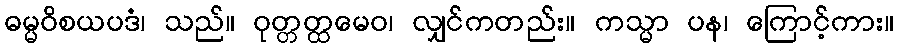
ဓမ္မဝိစယပဒံ၊ သည်။ ဝုတ္တတ္ထမေဝ၊ လျှင်ကတည်း။ ကသ္မာ ပန၊ ကြောင့်ကား။